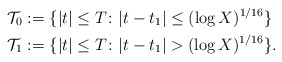
\begin{align*}\mathcal{T}_0 &:= \{|t| \leq T \colon |t-t_1| \leq (\log X)^{1/16} \} \\\mathcal{T}_1 &:= \{|t| \leq T \colon |t-t_1| > (\log X)^{1/16} \}.\end{align*}